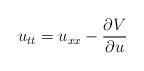
LaTeX: \begin{align*}u_{tt} = u_{xx}-{\frac{\partial V}{\partial u}}\end{align*}